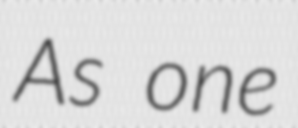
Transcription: As one